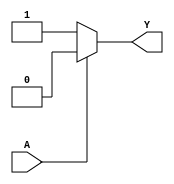
module not_gate (
    input wire A,
    output reg Y
);

always @ (A)
begin
    if (A == 1'b0)
        Y = 1'b1;
    else
        Y = 1'b0;
end

endmodule